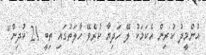
އުންމީދު ކުރިން އެކަމަކު ލޭ ހަދިޔާ ކުރެވޭ ހާލަތުގައި ތިބީ 21 ކުދިން"